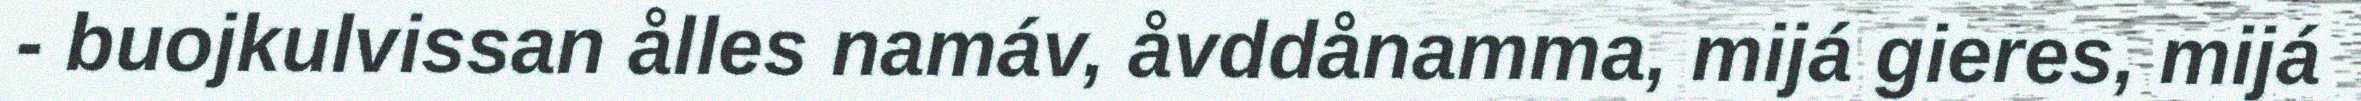
- buojkulvissan ålles namáv, åvddånamma, mijá gieres, mijá